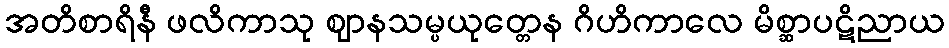
အတိစာရိနီ ဖလိကာသု ဈာနသမ္ပယုတ္တေန ဂိဟိကာလေ မိစ္ဆာပဋိညာယ